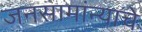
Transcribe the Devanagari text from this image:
जनसामांन्याचे